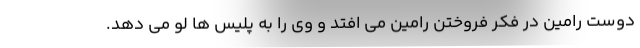
دوست رامین در فکر فروختن رامین می افتد و وی را به پلیس ها لو می دهد.